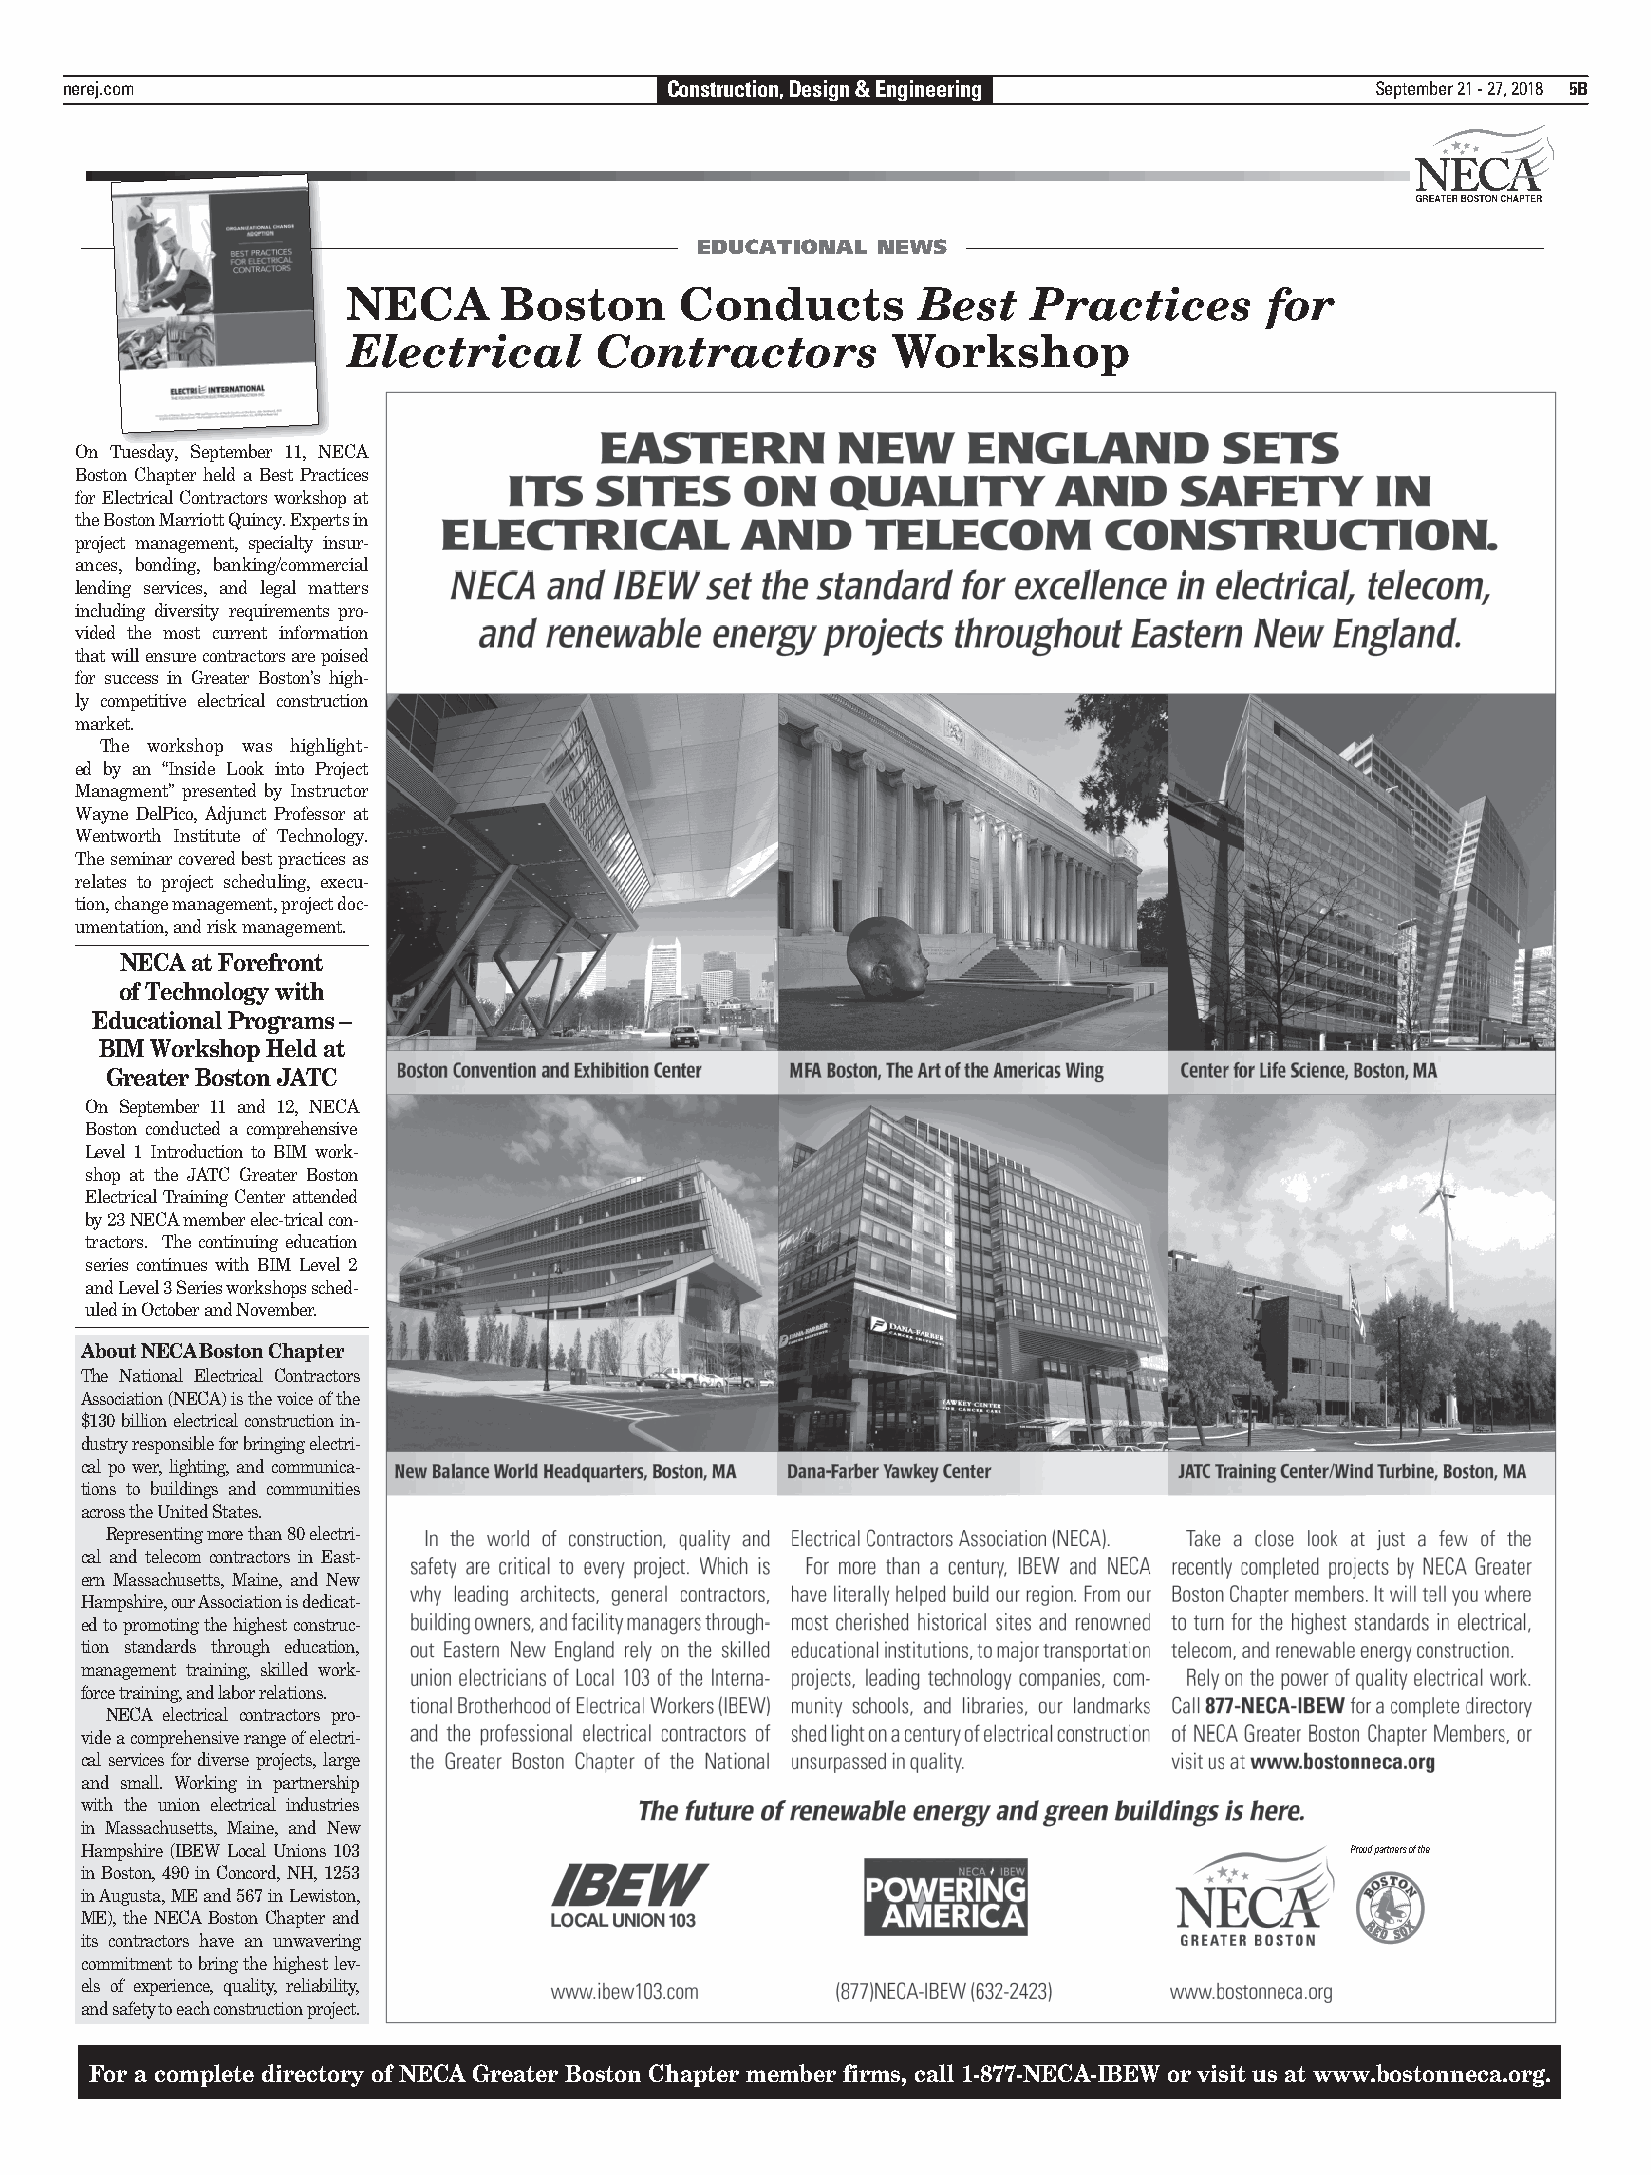
nerej.com                               Construction, Design & Engineering             September 21 - 27, 2018 5B
 EDUCATIONAL NEWS
 NECA      Boston      Conducts        Best   Practices       for
 Electrical      Contractors         Workshop
 On Tuesday, September 11, NECA
 Boston Chapter held a Best Practices
 for Electrical Contractors workshop at
 the Boston Marriott Quincy. Experts in
 project management, specialty insur-
 ances, bonding, banking/commercial
 lending services, and legal matters
 including diversity requirements pro-
 vided the most current information
 that will ensure contractors are poised
 for success in Greater Boston’s high-
 ly competitive electrical construction
 market.
 The workshop was highlight-
 ed by an “Inside Look into Project
 Managment” presented by Instructor
 Wayne DelPico, Adjunct Professor at
 Wentworth Institute of Technology.
 The seminar covered best practices as
 relates to project scheduling, execu-
 tion, change management, project doc-
 umentation, and risk management.
 NECA at Forefront
 of Technology with
 Educational Programs –
 BIM Workshop Held at
 Greater Boston JATC
 On September 11 and 12, NECA
 Boston conducted a comprehensive
 Level 1 Introduction to BIM work-
 shop at the JATC Greater Boston
 Electrical Training Center attended
 by 23 NECA member elec-trical con-
 tractors. The continuing education
 series continues with BIM Level 2
 and Level 3 Series workshops sched-
 uled in October and November.
 About NECA Boston Chapter
 The National Electrical Contractors
 Association (NECA) is the voice of the
 $130 billion electrical construction in-
 dustry responsible for bringing electri-
 cal po wer, lighting, and communica-
 tions to buildings and communities
 across the United States.
 Representing more than 80 electri-
 cal and telecom contractors in East-
 ern Massachusetts, Maine, and New
 Hampshire, our Association is dedicat-
 ed to promoting the highest construc-
 tion standards through education,
 management training, skilled work-
 force training, and labor relations.
 NECA electrical contractors pro-
 vide a comprehensive range of electri-
 cal services for diverse projects, large
 and small. Working in partnership
 with the union electrical industries
 in Massachusetts, Maine, and New
 Hampshire (IBEW Local Unions 103                                                    Proud partners of the
 in Boston, 490 in Concord, NH, 1253
 in Augusta, ME and 567 in Lewiston,
 ME), the NECA Boston Chapter and
 its contractors have an unwavering
 commitment to bring the highest lev-
 els of experience, quality, reliability,
 and safety to each construction project.
 For a complete directory of NECA Greater Boston Chapter member firms, call 1-877-NECA-IBEW or visit us at www.bostonneca.org.